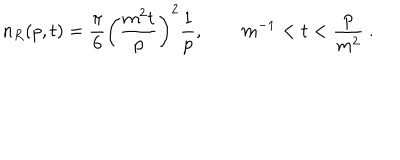
n _ { R } ( p , t ) = \frac \pi 6 \left( \frac { m ^ { 2 } t } p \right) ^ { 2 } \frac 1 p , \qquad m ^ { - 1 } < t < \frac p { m ^ { 2 } } \ .